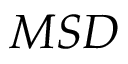
M S D